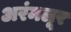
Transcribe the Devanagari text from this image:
अरंमलूर